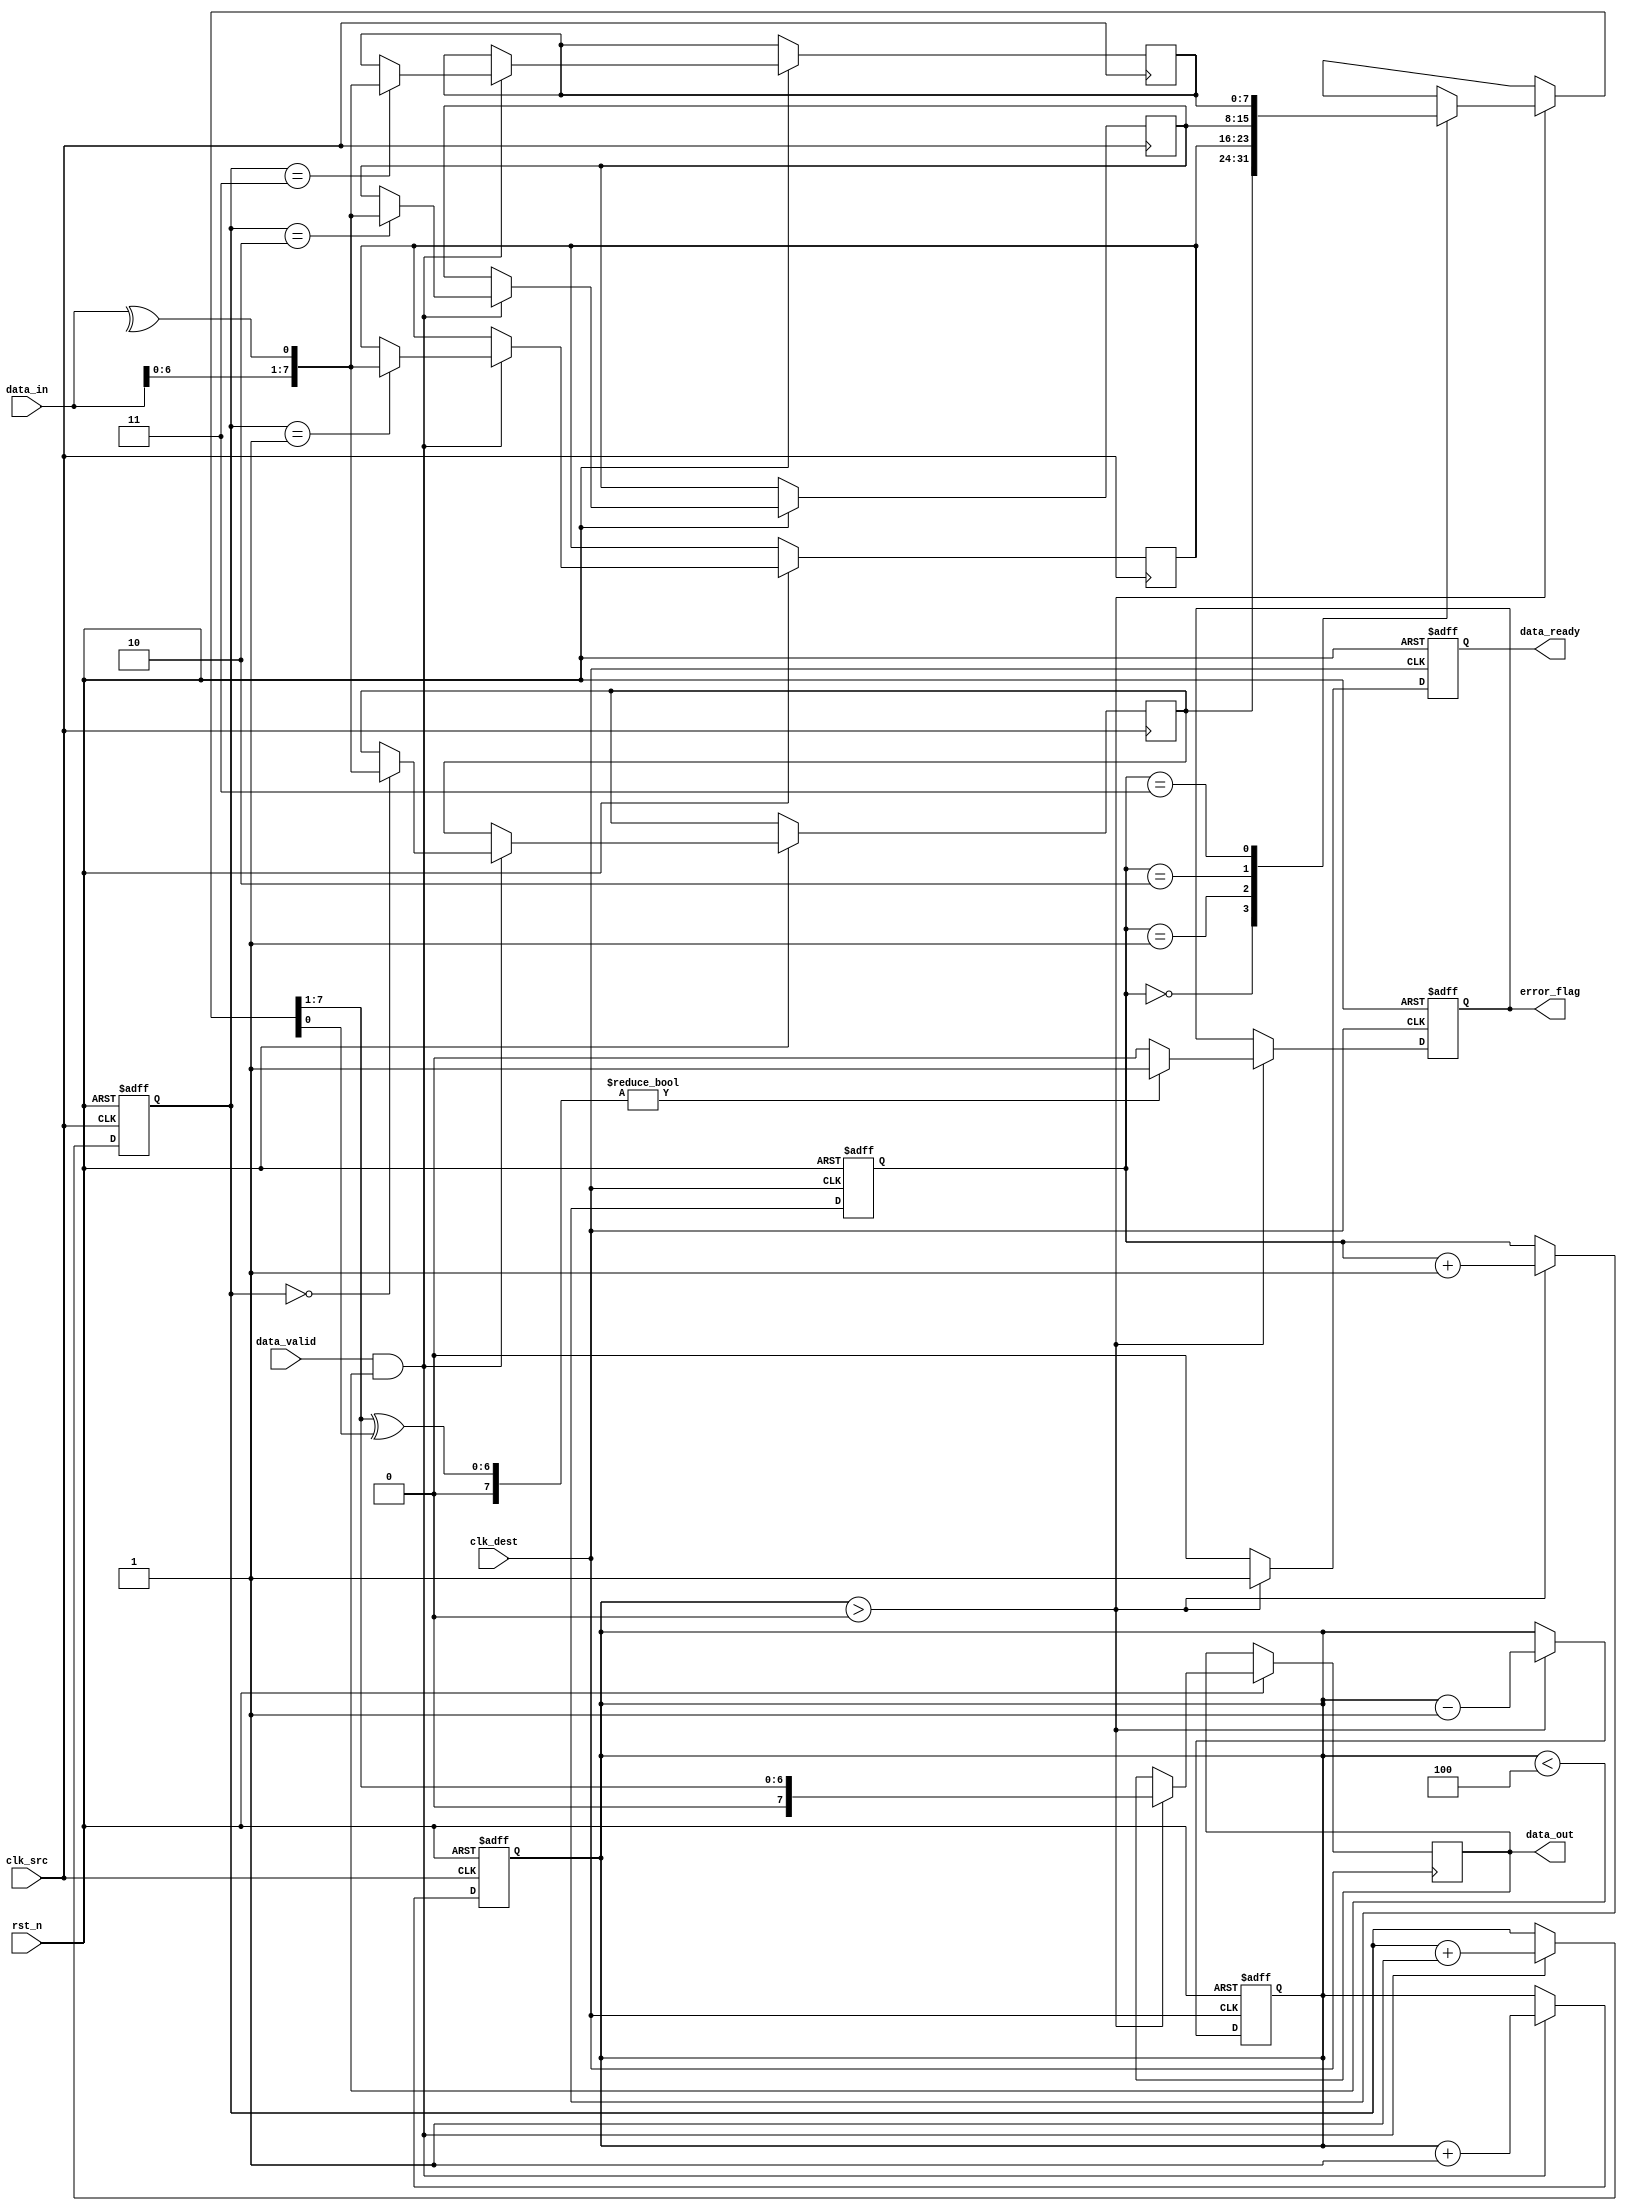
module cdc_memory(
    input wire clk_src,                   // Source clock
    input wire clk_dest,                  // Destination clock
    input wire rst_n,                     // Active low reset
    input wire [7:0] data_in,             // 8-bit data input from the source clock domain
    input wire data_valid,                // Data valid signal
    output reg [7:0] data_out,            // 8-bit data output to the destination clock domain
    output reg error_flag,                // Error flag for parity check
    output reg data_ready                  // Data ready signal for the destination clock domain
);

    // Parameters
    localparam FIFO_DEPTH = 4;            // Depth of the FIFO
    localparam ADDR_WIDTH = 2;            // Address width based on FIFO depth

    // FIFO structure
    reg [7:0] fifo_mem[FIFO_DEPTH-1:0];   // FIFO memory
    reg [ADDR_WIDTH-1:0] wr_ptr;          // Write pointer
    reg [ADDR_WIDTH-1:0] rd_ptr;          // Read pointer
    reg [ADDR_WIDTH:0] fifo_count;        // FIFO count
    reg [7:0] fifo_data;                  // Data to be read from FIFO
    reg parity_bit;                       // Parity bit

    // Asynchronous reset
    always @(posedge clk_src or negedge rst_n) begin
        if (!rst_n) begin
            wr_ptr <= 0;
            fifo_count <= 0;
        end else if (data_valid && (fifo_count < FIFO_DEPTH)) begin
            // Calculate parity bit (even parity)
            parity_bit = ^data_in;
            fifo_mem[wr_ptr] <= {data_in, parity_bit}; // Store data with parity bit
            wr_ptr <= wr_ptr + 1;
            fifo_count <= fifo_count + 1;
        end
    end

    // Clock domain crossing with synchronizer
    reg [8:0] synced_data; // For data + parity
    reg sync1, sync2;

    always @(posedge clk_dest or negedge rst_n) begin
        if (!rst_n) begin
            rd_ptr <= 0;
            fifo_count <= 0;
            error_flag <= 0;
            data_ready <= 0;
        end else begin
            if (fifo_count > 0) begin
                // Read data from FIFO
                fifo_data = fifo_mem[rd_ptr];
                synced_data = fifo_data; // Sync data to destination clock domain
                rd_ptr <= rd_ptr + 1;
                fifo_count <= fifo_count - 1;
                data_ready <= 1;

                // Check for parity error
                if (synced_data[8:1] ^ synced_data[0]) begin // Compare parity
                    error_flag <= 1; // Set error if parity doesn't match
                end else begin
                    error_flag <= 0;
                end

                data_out <= synced_data[8:1]; // Output data without parity
            end else begin
                data_ready <= 0; // No data available
            end
        end
    end

    // FIFO write overflow and read underflow handling can be added as required.
    // Additional control logic can be added here if more complex handshaking is necessary.

endmodule